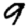
Digit: 9